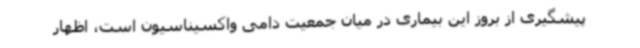
پیشگیری از بروز این بیماری در میان جمعیت دامی واکسیناسیون است، اظهار